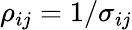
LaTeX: \rho_{ij}=1/\sigma_{ij}